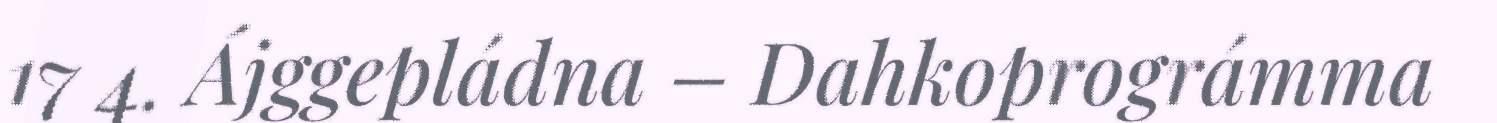
17 4. Ájggepládna – Dahkoprográmma